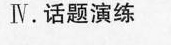
Ⅳ. 话题演练